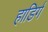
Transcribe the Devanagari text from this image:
हाडिर्गं